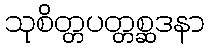
သုစိတ္တပတ္တစ္ဆဒနာ